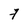
Character: 7